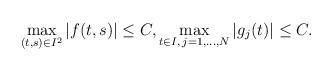
LaTeX: \begin{align*}\max_{(t,s)\in I^2} |f(t,s)|\le C,\max_{t\in I,\, j=1,\ldots,N} |g_j(t)| \le C.\end{align*}